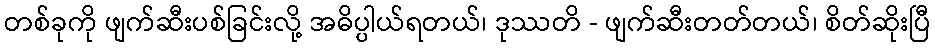
တစ်ခုကို ဖျက်ဆီးပစ်ခြင်းလို့ အဓိပ္ပါယ်ရတယ်၊ ဒုဿတိ - ဖျက်ဆီးတတ်တယ်၊ စိတ်ဆိုးပြီ